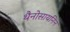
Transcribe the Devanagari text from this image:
थैनोसायनिन